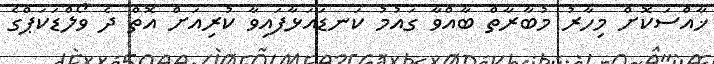
ޚާއްސަކޮށް މިހާރު މުބާރާތް ބާއްވާ ގައުމު ކަނޑައަޅާފައިވާ ކުރިއަށް އޮތް ދެ ވޯލްޑަކަޕްގެ